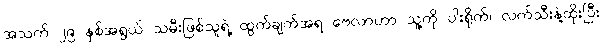
အသက် ၂၉ နှစ်အရွယ် သမီးဖြစ်သူရဲ့ ထွက်ချက်အရ ဗေလာဟာ သူ့ကို ပါးရိုက်၊ လက်သီးနဲ့ထိုးပြီး